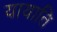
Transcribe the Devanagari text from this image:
यायाति